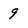
Character: 9